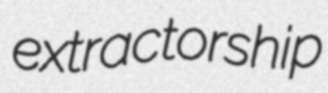
extractorship